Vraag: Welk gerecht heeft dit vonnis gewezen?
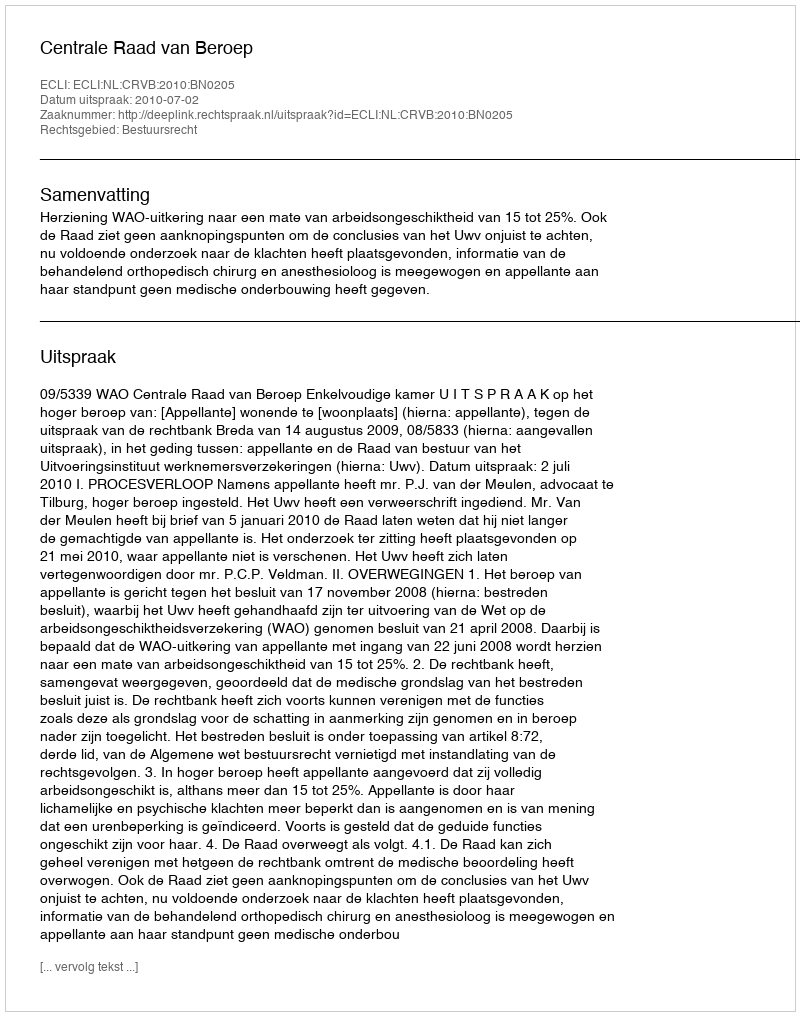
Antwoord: Centrale Raad van Beroep